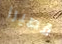
قصيرا